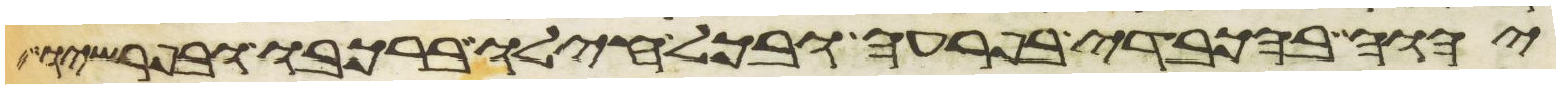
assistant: יהוה בהכבדי בפרעה ובכל חילו ברכבו ובפרשיו